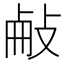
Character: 𢼾